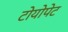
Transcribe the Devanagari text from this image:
टोयोपेट